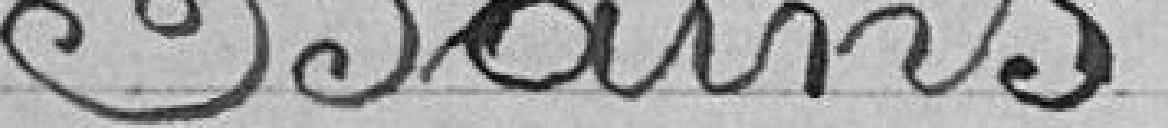
Bains